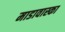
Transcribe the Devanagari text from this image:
माडावास्का